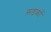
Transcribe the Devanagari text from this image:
स़डकों